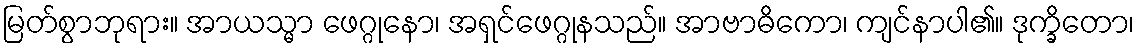
မြတ်စွာဘုရား။ အာယသ္မာ ဖေဂ္ဂုနော၊ အရှင်ဖေဂ္ဂုနသည်။ အာဗာဓိကော၊ ကျင်နာပါ၏။ ဒုက္ခိတော၊